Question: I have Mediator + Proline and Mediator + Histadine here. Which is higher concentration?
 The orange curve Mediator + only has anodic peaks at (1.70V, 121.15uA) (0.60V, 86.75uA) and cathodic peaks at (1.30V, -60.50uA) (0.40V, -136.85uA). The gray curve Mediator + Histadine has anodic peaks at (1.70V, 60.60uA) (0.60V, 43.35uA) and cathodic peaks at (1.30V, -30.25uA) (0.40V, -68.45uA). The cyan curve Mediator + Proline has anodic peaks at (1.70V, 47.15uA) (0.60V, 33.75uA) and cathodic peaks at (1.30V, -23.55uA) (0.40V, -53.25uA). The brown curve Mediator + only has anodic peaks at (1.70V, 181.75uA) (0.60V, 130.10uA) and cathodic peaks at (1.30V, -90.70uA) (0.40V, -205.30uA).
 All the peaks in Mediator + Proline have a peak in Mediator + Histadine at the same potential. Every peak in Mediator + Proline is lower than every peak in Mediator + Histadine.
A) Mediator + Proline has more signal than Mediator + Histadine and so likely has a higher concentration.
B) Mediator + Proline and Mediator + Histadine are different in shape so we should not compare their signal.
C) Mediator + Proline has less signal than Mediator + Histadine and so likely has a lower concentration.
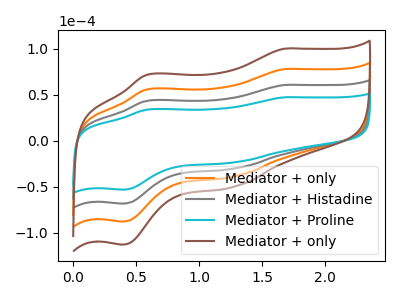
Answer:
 <answer>C) "Mediator + Proline" has less signal than "Mediator + Histadine" and so likely has a lower concentration.</answer>
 <eval>C</eval>